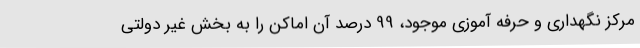
مرکز نگهداری و حرفه آموزی موجود، 99 درصد آن اماکن را به بخش غیر دولتی